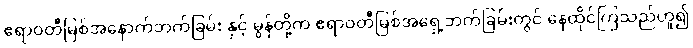
ဧရာဝတီမြစ်အနောက်ဘက်ခြမ်း နှင့် မွန်တို့က ဧရာဝတီမြစ်အရှေ့ဘက်ခြမ်းတွင် နေထိုင်ကြသည်ဟူ၍